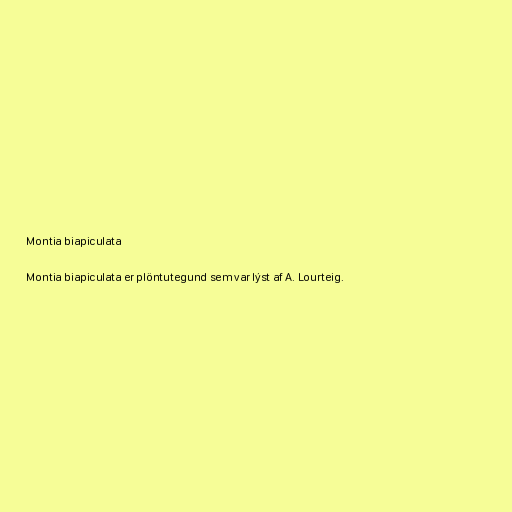
Montia biapiculata

Montia biapiculata er plöntutegund sem var lýst af A. Lourteig.